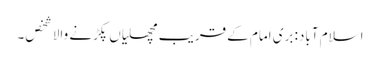
اسلام آباد: بری امام کے قریب مچھلیاں پکڑنے والا شخص۔